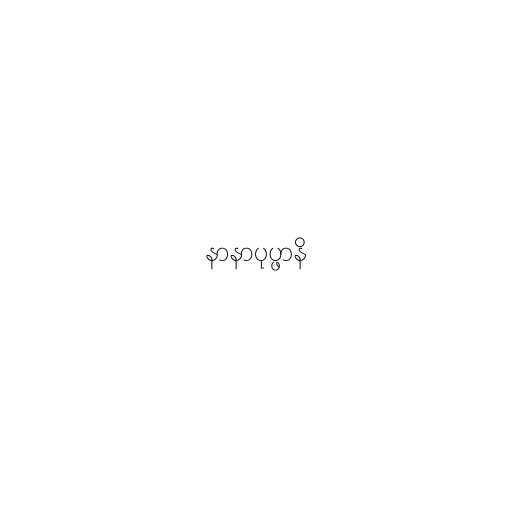
နာနာပုပ္ဖာနိ